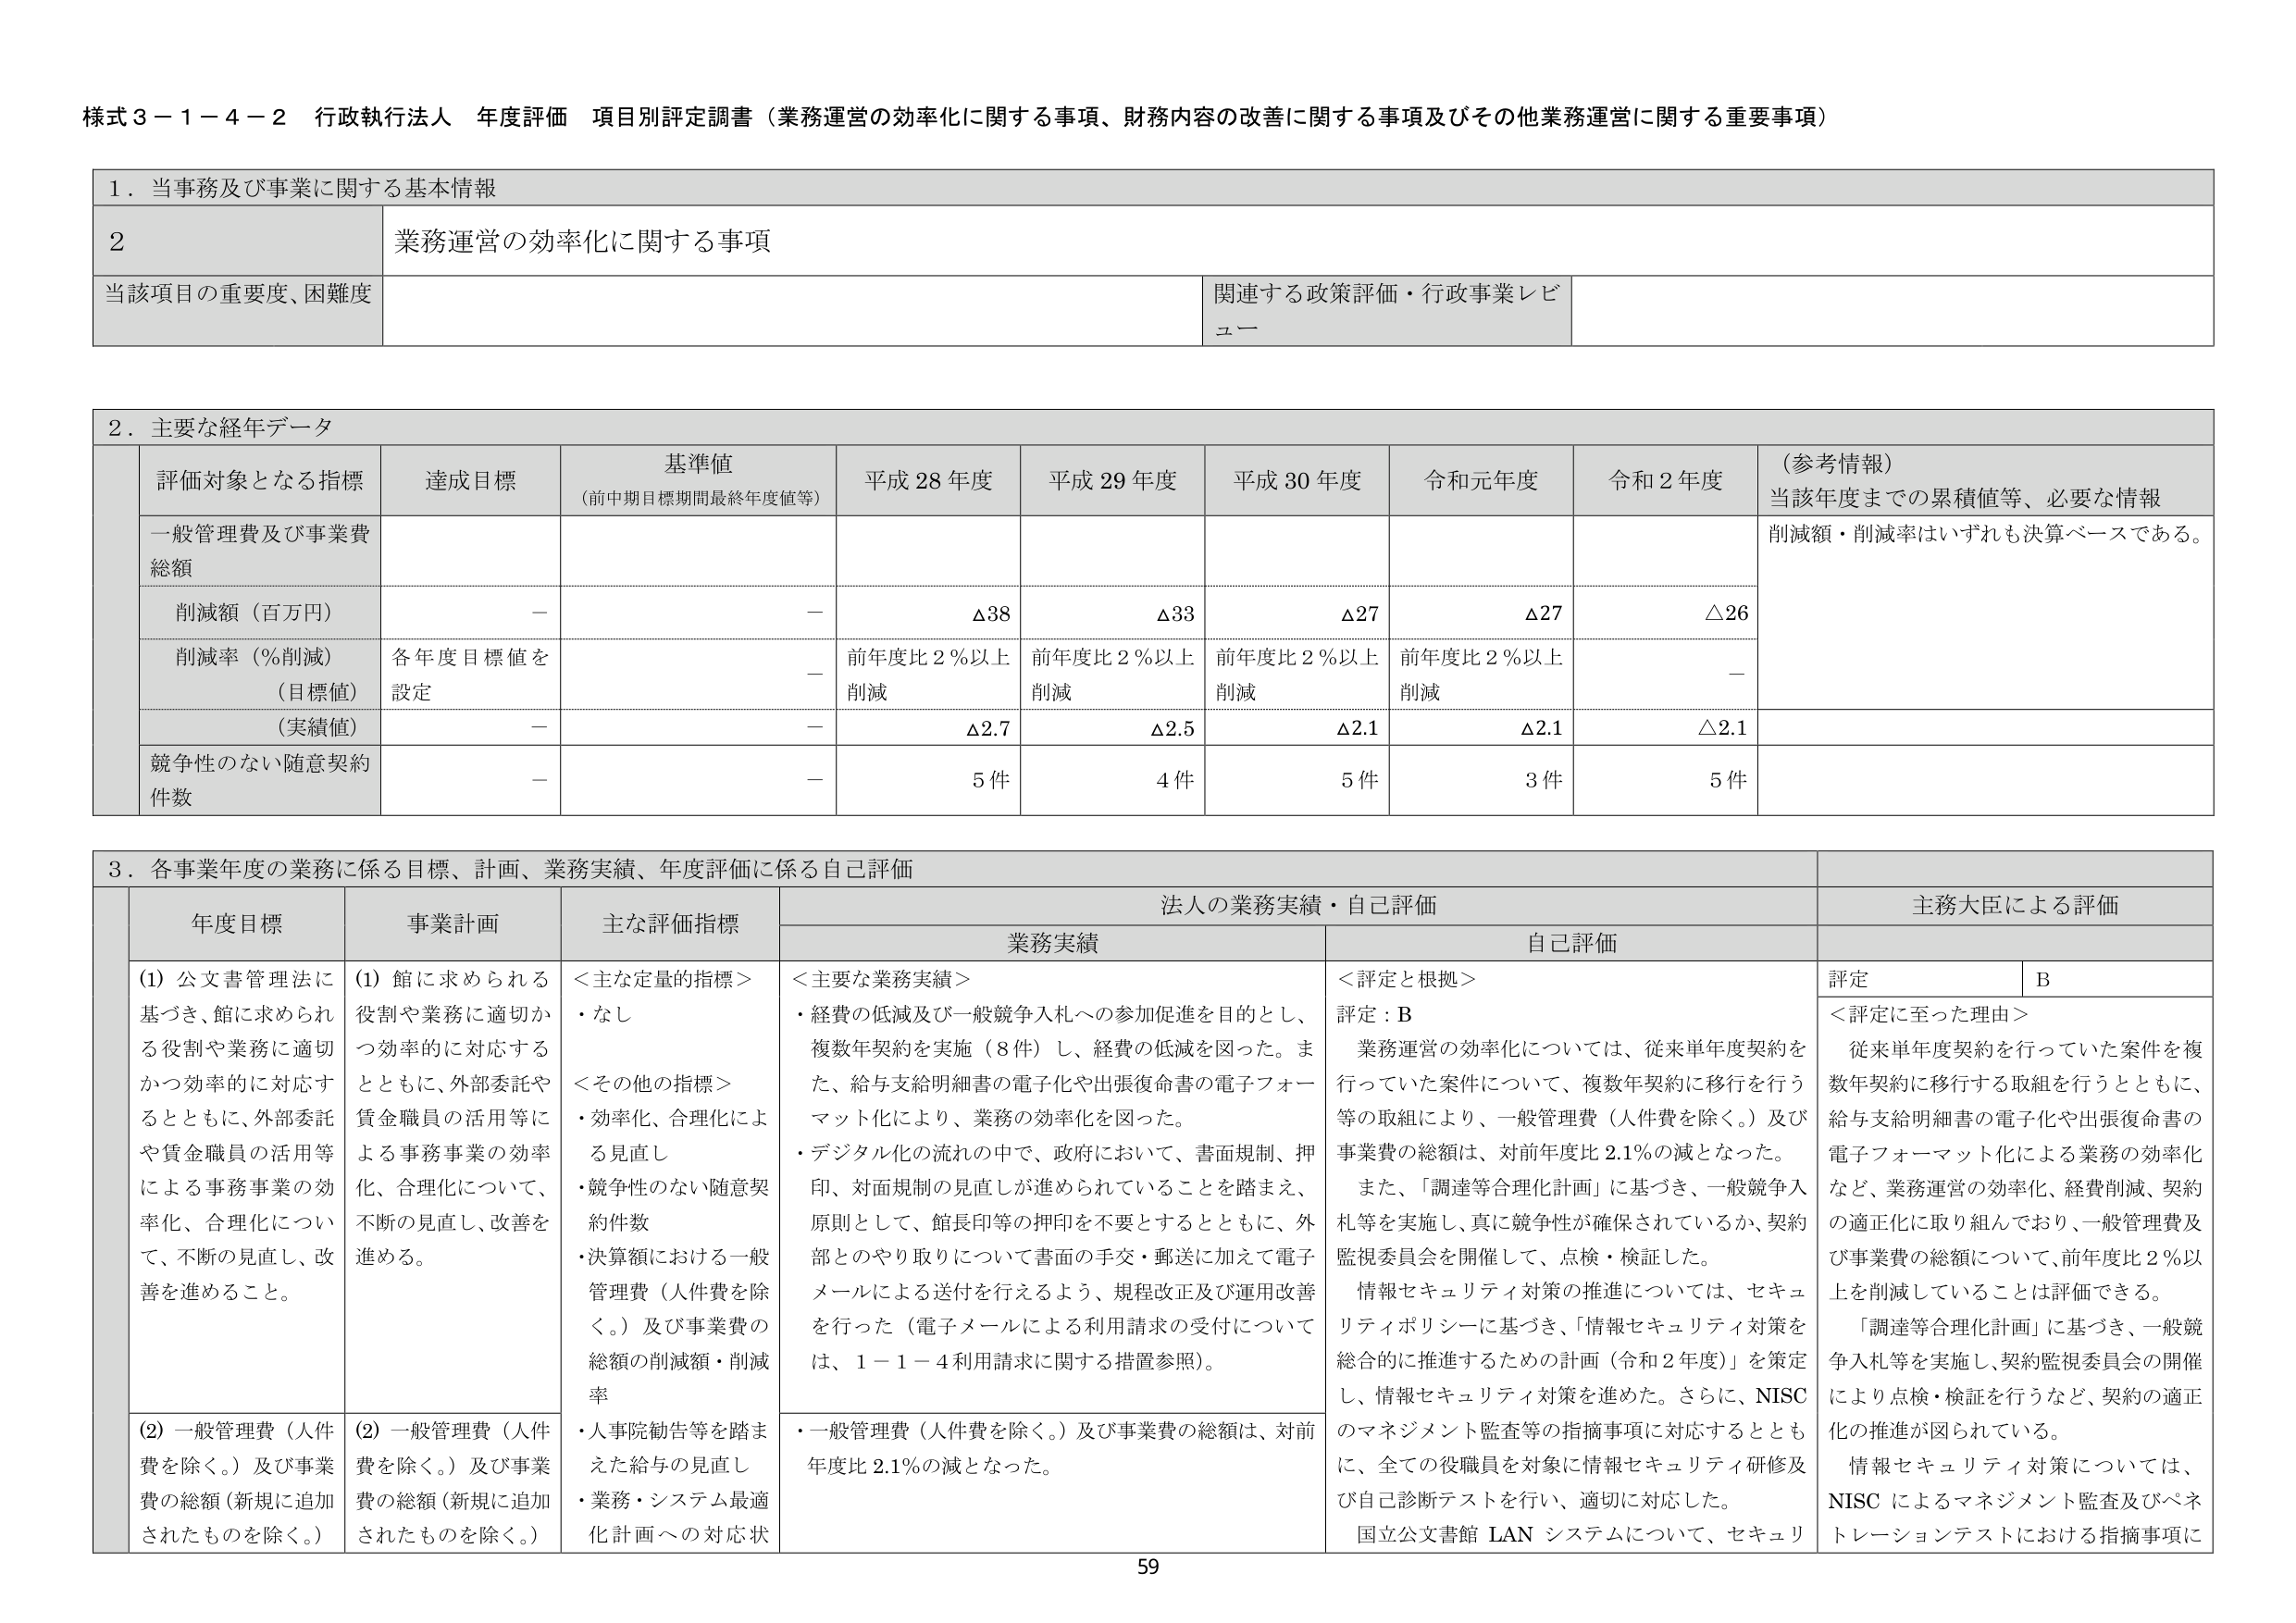
様式３－１－４－２ 行政執行法人 年度評価 項目別評定調書（業務運営の効率化に関する事項、財務内容の改善に関する事項及びその他業務運営に関する重要事項）

１．当事務及び事業に関する基本情報

２ 業務運営の効率化に関する事項

当該項目の重要度、困難度 関連する政策評価・行政事業レビュー

２．主要な経年データ

評価対象となる指標 達成目標 基準値（前中期目標期間最終年度値等） 平成28年度 平成29年度 平成30年度 令和元年度 令和2年度 （参考情報）当該年度までの累積値等、必要な情報

一般管理費及び事業費総額 削減額（百万円） － － △38 △33 △27 △27 △26 削減額・削減率はいずれも決算ベースである。

削減率（％削減）（目標値） 各年度目標値を設定 － 前年度比2％以上削減 前年度比2％以上削減 前年度比2％以上削減 前年度比2％以上削減 －

（実績値） － － △2.7 △2.5 △2.1 △2.1 △2.1

競争性のない随意契約件数 － － 5件 4件 5件 3件 5件

３．各事業年度の業務に係る目標、計画、業務実績、年度評価に係る自己評価

年度目標 事業計画 主な評価指標 法人の業務実績・自己評価 主務大臣による評価

業務実績 自己評価

（1）公文書管理法に基づき、館に求められる役割や業務に適切かつ効率的に対応するとともに、外部委託や賃金職員の活用等による事務事業の効率化、合理化について、不断の見直し、改善を進める。

（1）館に求められる役割や業務に適切かつ効率的に対応するとともに、外部委託や賃金職員の活用等による事務事業の効率化、合理化について、不断の見直し、改善を進める。

＜主な定量的指標＞
・なし

＜その他の指標＞
・効率化、合理化による見直し
・競争性のない随意契約件数
・決算額における一般管理費（人件費を除く。）及び事業費の総額の削減額・削減率

＜主要な業務実績＞
・経費の低減及び一般競争入札への参加促進を目的とし、複数年契約を実施（8件）し、経費の低減を図った。また、給与支給明細書の電子化や出張復命書の電子フォーマット化により、業務の効率化を図った。
・デジタル化の流れの中で、政府において、書面規制、押印、対面規制の見直しが進められていることを踏まえ、原則として、館長印等の押印を不要とするとともに、外部とのやり取りについて書面の手交・郵送に加えて電子メールによる送付を行えるよう、規程改正及び運用改善を行った（電子メールによる利用請求の受付については、１－１－４利用請求に関する措置参照）。

＜評定と根拠＞
評定：B
業務運営の効率化については、従来単年度契約を行っていた案件について、複数年契約に移行を行う等の取組により、一般管理費（人件費を除く。）及び事業費の総額は、対前年度比2.1％の減となった。
また、「調達等合理化計画」に基づき、一般競争入札等を実施し、真に競争性が確保されているか、契約監視委員会を開催して、点検・検証した。
情報セキュリティ対策の推進については、セキュリティポリシーに基づき、「情報セキュリティ対策を総合的に推進するための計画（令和2年度）」を策定し、情報セキュリティ対策を進めた。さらに、NISCのマネジメント監査等の指摘事項に対応するとともに、全ての役職員を対象に情報セキュリティ研修及び自己診断テストを行い、適切に対応した。
国立公文書館LANシステムについて、セキュリ

評定 B

＜評定に至った理由＞
従来単年度契約を行っていた案件を複数年契約に移行する取組を行うとともに、給与支給明細書の電子化や出張復命書の電子フォーマット化による業務の効率化など、業務運営の効率化、経費削減、契約の適正化に取り組んでおり、一般管理費及び事業費の総額について、前年度比2％以上を削減していることは評価できる。
「調達等合理化計画」に基づき、一般競争入札等を実施し、契約監視委員会の開催により点検・検証を行うなど、契約の適正化の推進が図られている。
情報セキュリティ対策については、NISCによるマネジメント監査及びペネトレーションテストにおける指摘事項に

（2）一般管理費（人件費を除く。）及び事業費の総額（新規に追加されたものを除く。）

（2）一般管理費（人件費を除く。）及び事業費の総額（新規に追加されたものを除く。）

・人事院勧告等を踏まえた給与の見直し
・業務・システム最適化計画への対応状

・一般管理費（人件費を除く。）及び事業費の総額は、対前年度比2.1％の減となった。

59